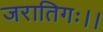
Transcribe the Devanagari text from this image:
जरातिगः।।